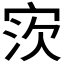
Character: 𫳎